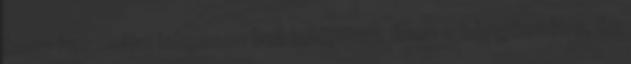
hogy használni lehessen kell telepített flash a böngészőbe, és